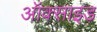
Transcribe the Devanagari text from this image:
ऑक्साइड़